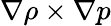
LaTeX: \nabla\rho\times\nabla p